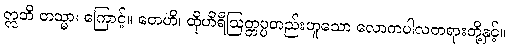
ဣတိ တသ္မာ၊ ကြောင့်။ တေဟိ၊ ထိုဟိရီဩတ္တပ္ပတည်းဟူသော လောကပါလတရားတို့နှင့်။